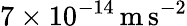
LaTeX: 7\times 10^{-14}\, \mathrm{{m\, s^{-2}}}